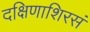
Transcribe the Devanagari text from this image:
दक्षिणाशिरसं